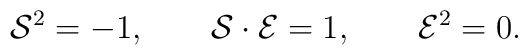
{\cal S}^2 = -1, \qquad {\cal S} \cdot {\cal E} = 1, \qquad{\cal E}^2 =0.